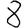
Digit: 8